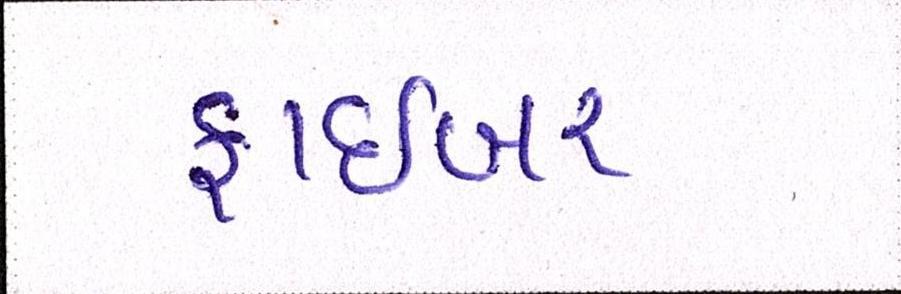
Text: ફાઇબર